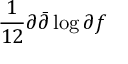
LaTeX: \frac { 1 } { 1 2 } \partial \bar { \partial } \log \partial f